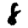
Digit: 8